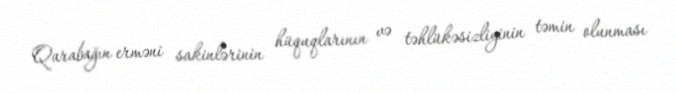
Qarabağın erməni sakinlərinin hüquqlarının və təhlükəsizliyinin təmin olunması